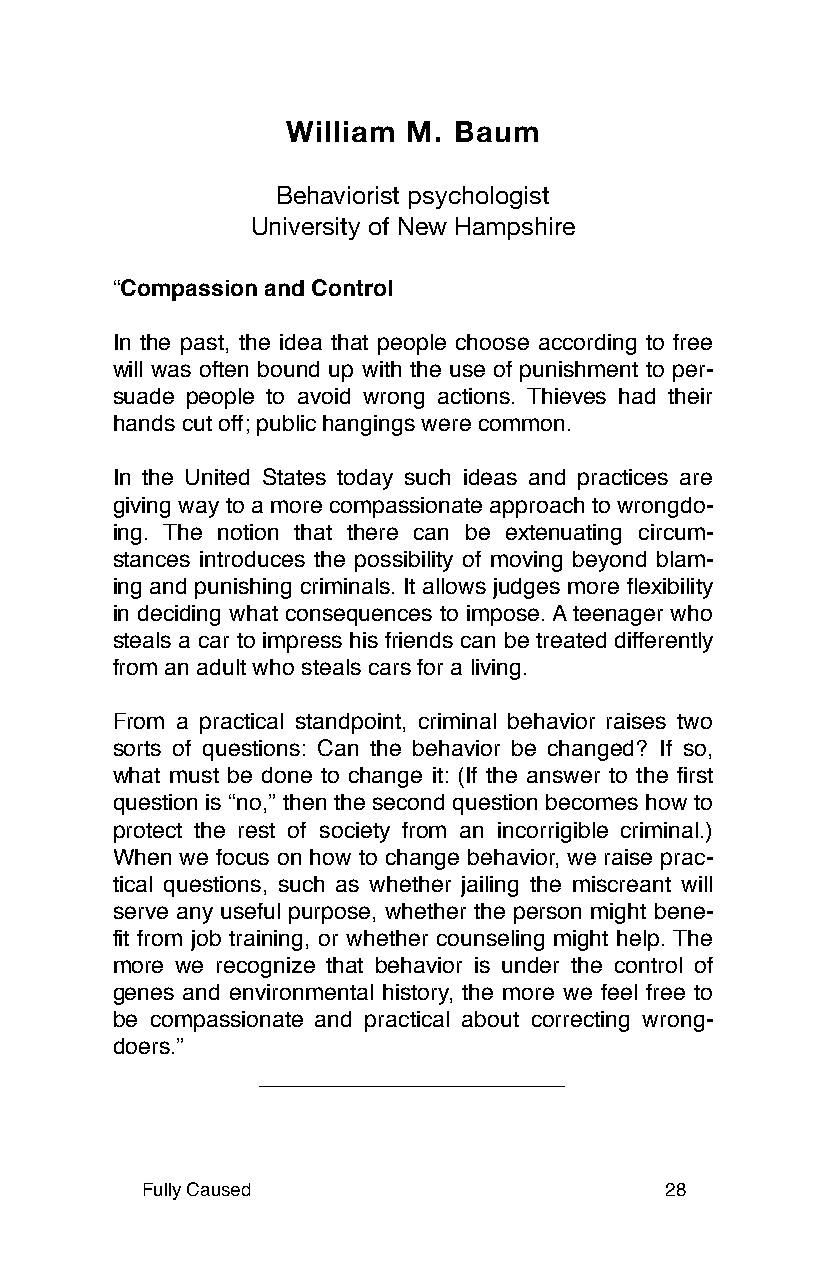
William M. Baum
 Behaviorist psychologist
 University of New Hampshire
 “Compassion and Control
 In the past, the idea that people choose according to free
 will was often bound up with the use of punishment to per-
 suade people to avoid wrong actions. Thieves had their
 hands cut off; public hangings were common.
 In the United States today such ideas and practices are
 giving way to a more compassionate approach to wrongdo-
 ing. The notion that there can be extenuating circum-
 stances introduces the possibility of moving beyond blam-
 ing and punishing criminals. It allows judges more flexibility
 in deciding what consequences to impose. A teenager who
 steals a car to impress his friends can be treated differently
 from an adult who steals cars for a living.
 From a practical standpoint, criminal behavior raises two
 sorts of questions: Can the behavior be changed? If so,
 what must be done to change it: (If the answer to the first
 question is “no,” then the second question becomes how to
 protect the rest of society from an incorrigible criminal.)
 When we focus on how to change behavior, we raise prac-
 tical questions, such as whether jailing the miscreant will
 serve any useful purpose, whether the person might bene-
 fit from job training, or whether counseling might help. The
 more we recognize that behavior is under the control of
 genes and environmental history, the more we feel free to
 be compassionate and practical about correcting wrong-
 doers.”
 Fully Caused                       28